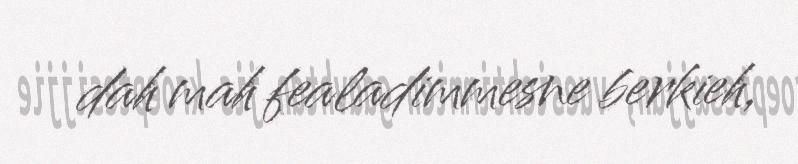
dah mah fealadimmesne berkieh,